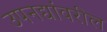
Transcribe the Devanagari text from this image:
उपनद्यांवरील